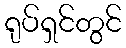
ရုပ်ရှင်တွင်